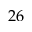
2 6